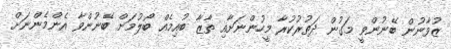
ޒުވާނުން ބޭނުންވީ މަގުން ދަތުރުކުރާ މީހުންނަށާއި ތާޒާ ބުއިމެއް ބޯލުމަށް ބޭނުންވާ އެންމެންނަށް